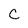
Character: c